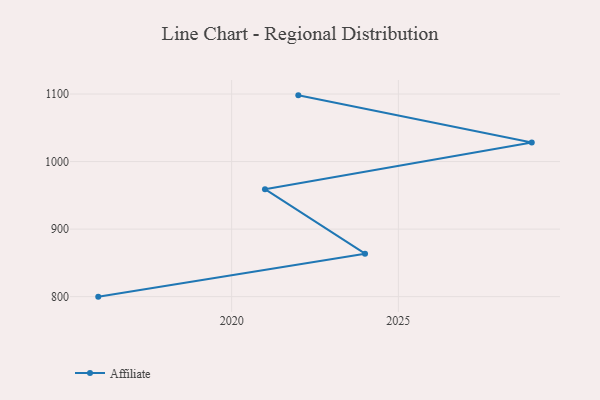
{"axis": {"x": "Year", "y": "Bounce Rate (%)"}, "legend": ["Affiliate"], "data": [{"x": "2022", "y": 1098.0, "type": "Affiliate"}, {"x": "2029", "y": 1028.2, "type": "Affiliate"}, {"x": "2021", "y": 959.1, "type": "Affiliate"}, {"x": "2024", "y": 863.6, "type": "Affiliate"}, {"x": "2016", "y": 800, "type": "Affiliate"}]}